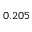
0 . 2 0 5